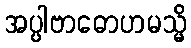
အပ္ပါဗာဓောဟမသ္မိ